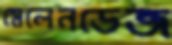
মেলেনডেজ